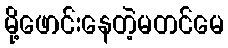
မို့ဖောင်းနေတဲ့မတင်မေ